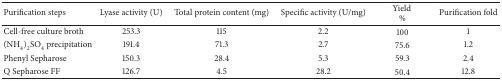
<table><thead><tr><td><b>Purification steps</b></td><td><b>Lyase activity (U)</b></td><td><b>Total protein content (mg)</b></td><td><b>Specific activity (U/mg)</b></td><td><b>Yield %</b></td><td><b>Purification fold</b></td></tr></thead><tbody><tr><td>Cell-free culture broth</td><td>253.3</td><td>115</td><td>2.2</td><td>100</td><td>1</td></tr><tr><td>(NH<sub>4</sub>)<sub>2</sub>SO<sub>4</sub> precipitation</td><td>191.4</td><td>71.3</td><td>2.7</td><td>75.6</td><td>1.2</td></tr><tr><td>Phenyl Sepharose</td><td>150.3</td><td>28.4</td><td>5.3</td><td>59.3</td><td>2.4</td></tr><tr><td>Q Sepharose FF</td><td>126.7</td><td>4.5</td><td>28.2</td><td>50.4</td><td>12.8</td></tr></tbody></table>